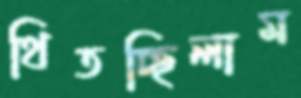
থিতচ্ছিলাম